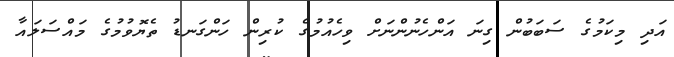
އަދި މިކަމުގެ ސަބަބުން ގިނަ އަންހެނުންނަށް ވިހެއުމުގެ ކުރިން ހަންގަނޑު ތެޔޮވުމުގެ މައްސަލައާ